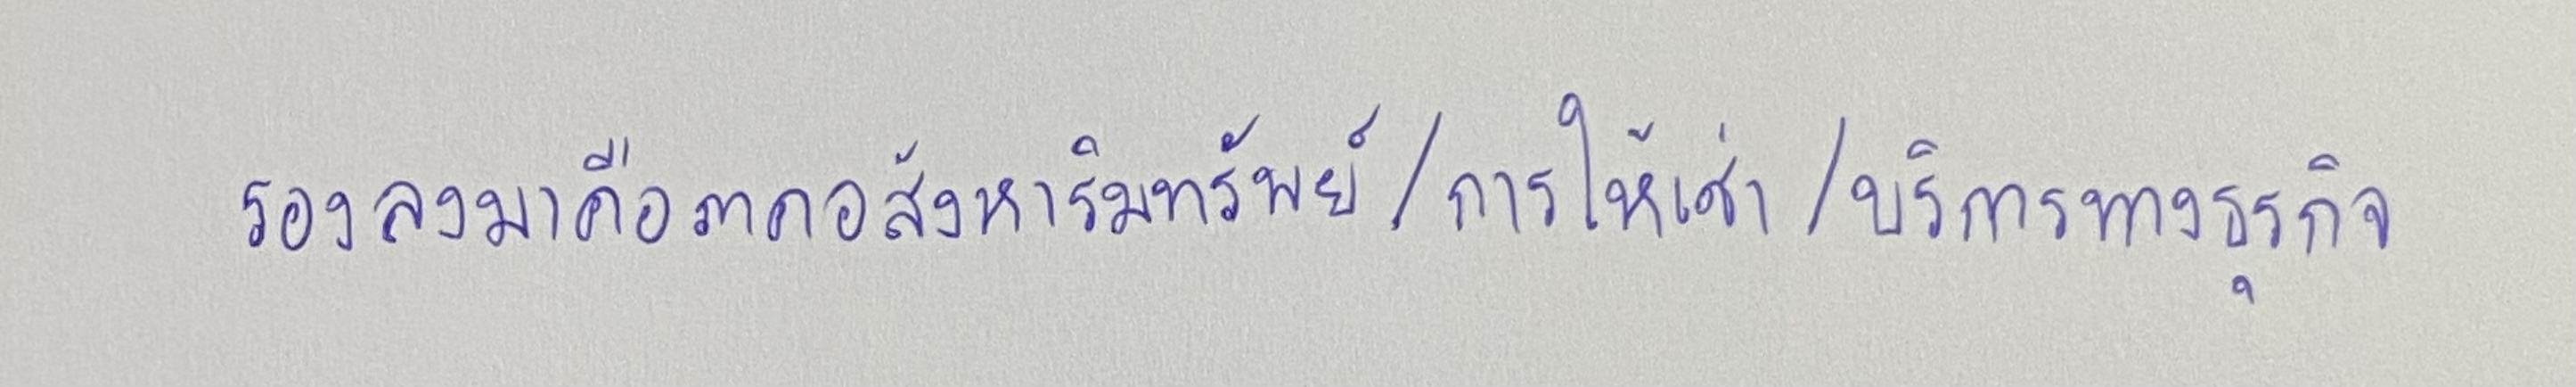
รองลงมาคือภาคอสังหาริมทรัพย์/การให้เช่า/บริการทางธุรกิจ